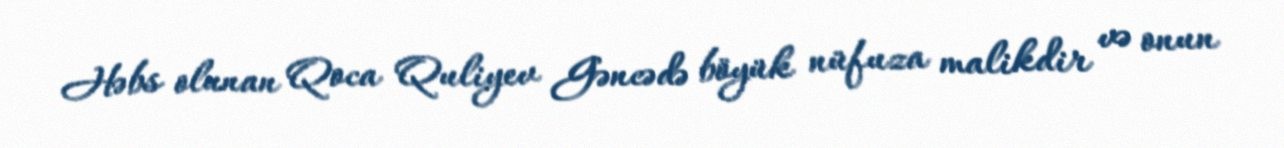
Həbs olunan Qoca Quliyev Gəncədə böyük nüfuza malikdir və onun